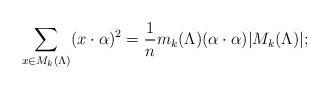
LaTeX: \begin{align*}\sum_{x\in M_k(\Lambda)} (x\cdot \alpha)^2 = \dfrac{1}{n} m_k(\Lambda) (\alpha \cdot \alpha) \lvert M_k(\Lambda)\rvert; \end{align*}